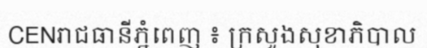
CENរាជធានីភ្នំពេញ ៖ ក្រសួងសុខាភិបាល